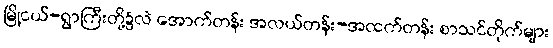
မြို့ငယ်-ရွာကြီးတို့၌လဲ အောက်တန်း အလယ်တန်း-အထက်တန်း စာသင်တိုက်များ